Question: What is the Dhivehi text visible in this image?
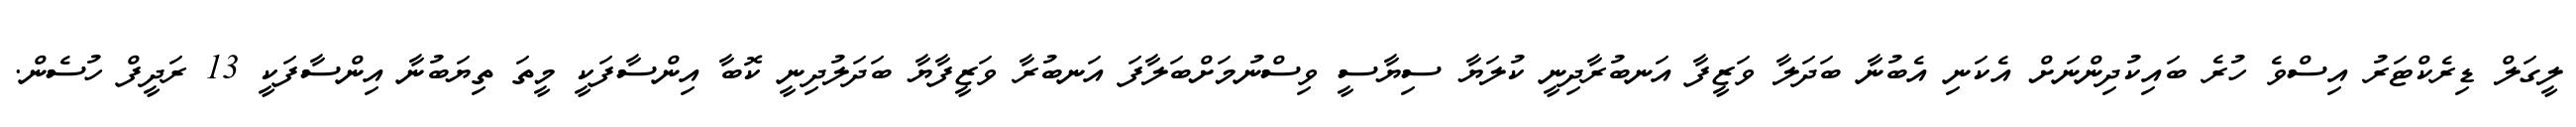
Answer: ލީގަލް ޑިރެކްޓަރު އިސްވެ ހުރެ ބައިކުދިންނަށް އެކަނި އެބުނާ ބަދަލާ ވަޒީފާ އަނބުރާދިނީ ކުލަޔާ ސިޔާސީ ވިސްނުމަށްބަލާފަ އަނބުރާ ވަޒީފާޔާ ބަދަލުދިނީ ކޮބާ އިންސާފަކީ މީތަ ތިޔަބުނާ އިންސާފަކީ 13 ރަދީފް ހުސެން.